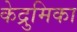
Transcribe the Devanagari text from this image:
केद्रुमिका